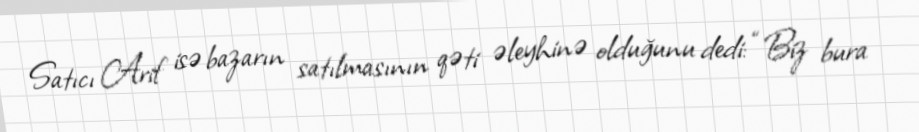
Satıcı Arif isə bazarın satılmasının qəti əleyhinə olduğunu dedi: “Biz bura